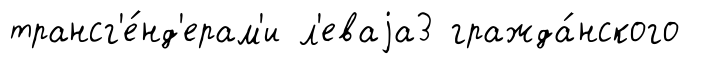
трансг'е́нд'ерам'и л'еваjа3 гражда́нского